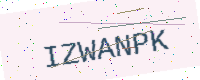
Text: IZWANPK